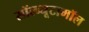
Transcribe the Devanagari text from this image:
सॉल्ब्यूटामॉल